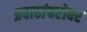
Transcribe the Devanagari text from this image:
प्रवाहांबरोबर